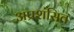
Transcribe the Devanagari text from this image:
अप्रशंसित